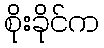
စိုးခိုင်က